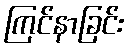
ကြင်နာခြင်း